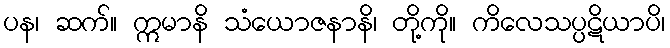
ပန၊ ဆက်။ ဣမာနိ သံယောဇနာနိ၊ တို့ကို။ ကိလေသပ္ပဋိယာပိ၊